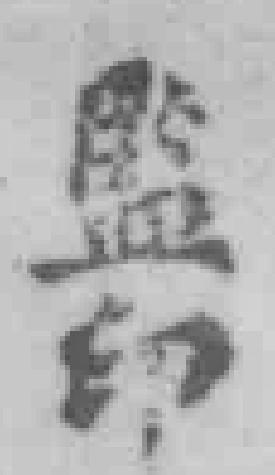
監印